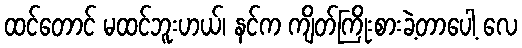
ထင်တောင် မထင်ဘူးဟယ်၊ နင်က ကျိတ်ကြိုးစားခဲ့တာပေါ့ လေ